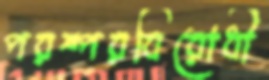
পরষ্পরবিরোধী